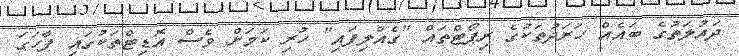
ދައުލަތުގެ ބައެއް ހަރަދުތަކުގެ ރިޕޯޓްތައް "ގެއްލިފައި" ހުރި ކަމަށް ވެސް އޮޑިޓްތަކުގައި ފާހަގަ